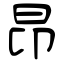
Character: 昻